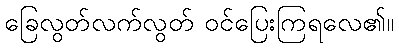
ခြေလွတ်လက်လွတ် ဝင်ပြေးကြရလေ၏။